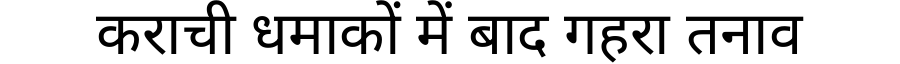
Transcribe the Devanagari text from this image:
कराची धमाकों में बाद गहरा तनाव